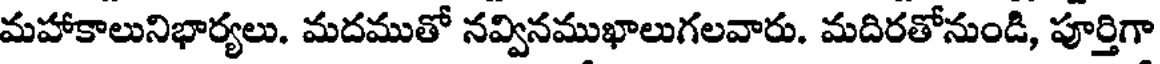
మహాకాలునిభార్యలు. మదముతో నవ్వినముఖాలుగలవారు. మదిరతోనుండి, పూర్తిగా